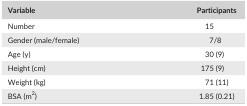
<table><thead><tr><td><b>Variable</b></td><td><b>Participants</b></td></tr></thead><tbody><tr><td>Number</td><td>15</td></tr><tr><td>Gender (male/female)</td><td>7/8</td></tr><tr><td>Age (y)</td><td>30 (9)</td></tr><tr><td>Height (cm)</td><td>175 (9)</td></tr><tr><td>Weight (kg)</td><td>71 (11)</td></tr><tr><td>BSA (m<sup>2</sup>)</td><td>1.85 (0.21)</td></tr></tbody></table>